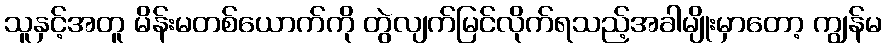
သူနှင့်အတူ မိန်းမတစ်ယောက်ကို တွဲလျက်မြင်လိုက်ရသည့်အခါမျိုးမှာတော့ ကျွန်မ